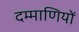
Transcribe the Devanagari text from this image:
दम्माणियों